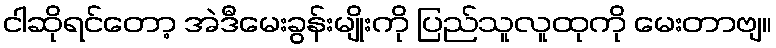
ငါဆိုရင်တော့ အဲဒီမေးခွန်းမျိုးကို ပြည်သူလူထုကို မေးတာဗျ။